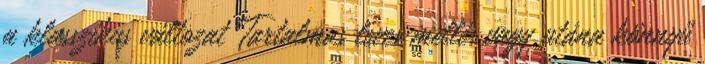
a klasszikus változat Tartalmas leves mellé, vagy utána könnyű